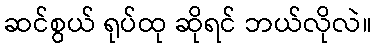
ဆင်စွယ် ရုပ်ထု ဆိုရင် ဘယ်လိုလဲ။